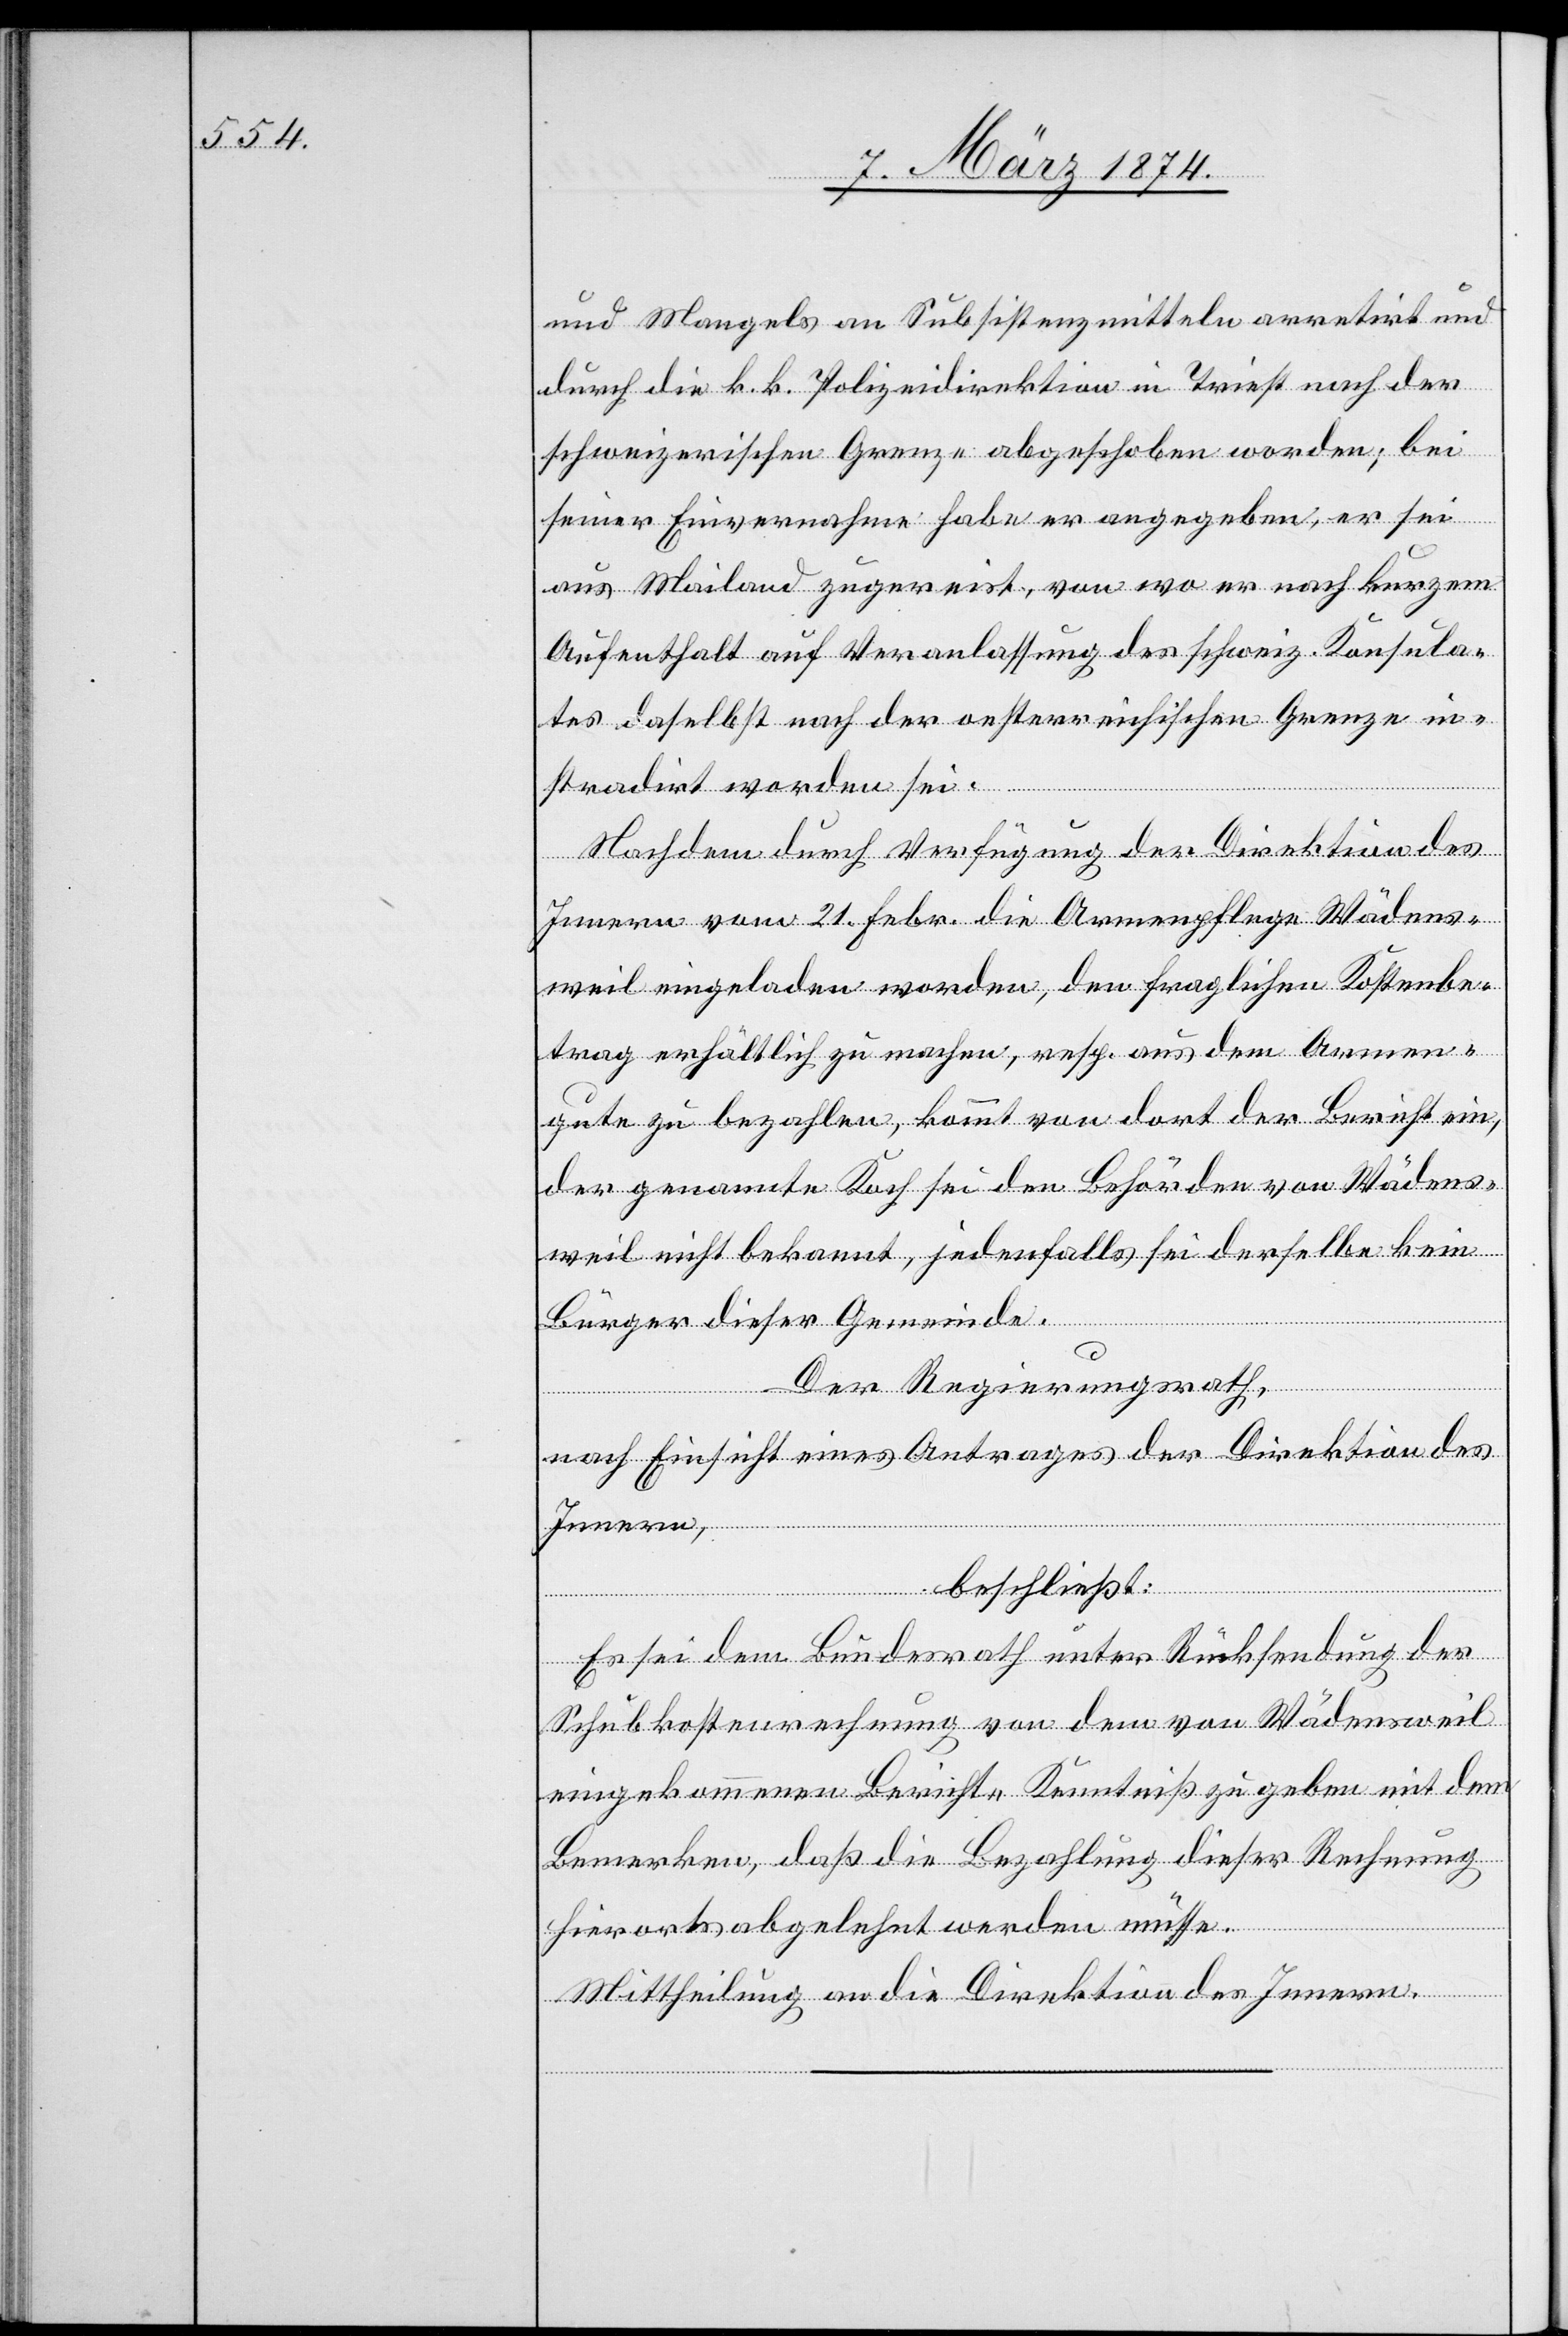
und Mangels an Subsistenzmitteln arretirt und
durch die k. k. Polizeidirektion in Triest nach der
schweizerischen Grenze abgeschoben worden; bei
seiner Einvernahme habe er angegeben, er sei
aus Mailand zugereist, von wo er nach kurzem
Aufenthalt auf Veranlassung des schweiz. Konsula¬
tes daselbst nach der oesterreichischen Grenze in¬
stradirt worden sei.
Nachdem durch Verfügung der Direktion des
Innern vom 21. Febr. die Armenpflege Wädens¬
weil eingeladen worden, den fraglichen Kostenbe¬
trag erhältlich zu machen, resp. aus dem Armen¬
gute zu bezahlen, kommt von dort der Bericht ein,
der genannte Koch sei den Behörden von Wädens¬
weil nicht bekannt, jedenfalls sei derselbe kein
Bürger dieser Gemeinde.
Der Regierungsrath,
nach Einsicht eines Antrages der Direktion des
Innern,
beschließt:
Es sei dem Bundesrath unter Rücksendung der
Schubkostenrechnung von dem von Wädensweil
eingekommenen Berichte Kenntiß zu geben mit dem
Bemerken, daß die Bezahlung dieser Rechnung
hierorts abgelegt werden müsse.
Mittheilung an die Direktion des Innern.